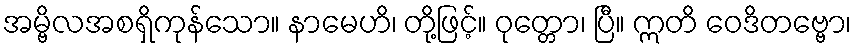
အမ္ဗိလအစရှိကုန်သော။ နာမေဟိ၊ တို့ဖြင့်။ ဝုတ္တော၊ ပြီ။ ဣတိ ဝေဒိတဗ္ဗော၊